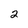
Character: 2